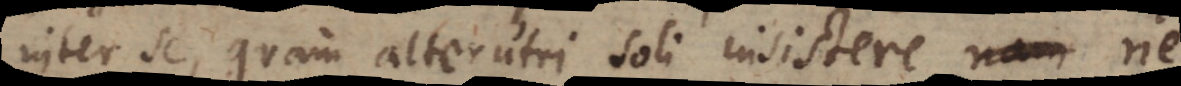
inter se, quam alterutri soli insistere, ne